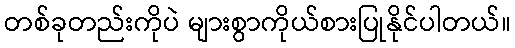
တစ်ခုတည်းကိုပဲ များစွာကိုယ်စားပြုနိုင်ပါတယ်။